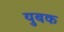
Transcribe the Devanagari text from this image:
युबक